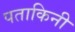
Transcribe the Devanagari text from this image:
पताकिनी